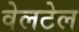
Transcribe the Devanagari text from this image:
वेलटेल